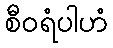
စီဝရံပါဟံ